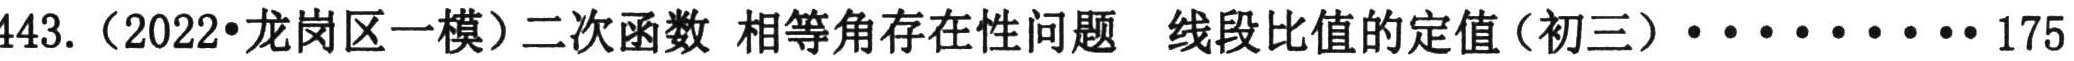
443.（2022•龙岗区一模）二次函数 相等角存在性问题 线段比值的定值（初三）·········· 175